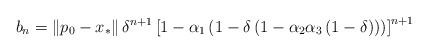
LaTeX: \begin{align*}b_{n}=\left\Vert p_{0}-x_{\ast }\right\Vert \delta ^{n+1}\left[ 1-\alpha_{1}\left( 1-\delta \left( 1-\alpha _{2}\alpha _{3}\left( 1-\delta \right)\right) \right) \right] ^{n+1} \end{align*}